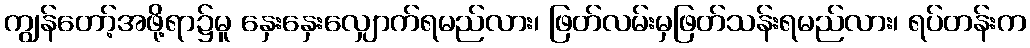
ကျွန်တော့်အဖို့ရာ၌မူ နှေးနှေးလျှောက်ရမည်လား၊ ဖြတ်လမ်းမှဖြတ်သန်းရမည်လား၊ ရပ်တန်းက